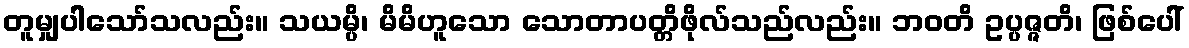
တူမျှပါသော်သလည်း။ သယမ္ပိ၊ မိမိဟူသော သောတာပတ္တိဖိုလ်သည်လည်း။ ဘဝတိ ဥပ္ပဇ္ဇတိ၊ ဖြစ်ပေါ်